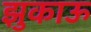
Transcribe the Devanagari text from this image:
झुकाऊ